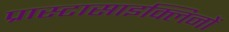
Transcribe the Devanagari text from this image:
प्रास्टासाइक्लिनों